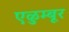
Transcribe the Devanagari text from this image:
एळुम्बूर